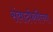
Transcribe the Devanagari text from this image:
संवादफेकीच्या